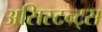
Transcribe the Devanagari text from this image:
असिस्टन्ट्स